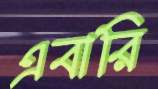
এবারি